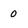
Character: 0